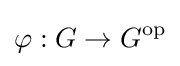
\varphi :G\to G^{\mathrm {op} }